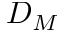
D _ { M }